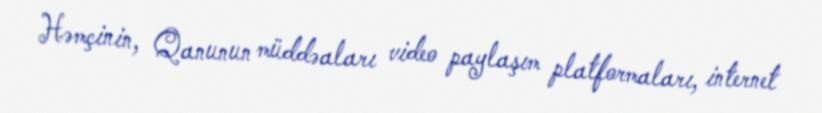
Həmçinin, Qanunun müddəaları video paylaşım platformaları, internet